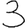
Digit: 3